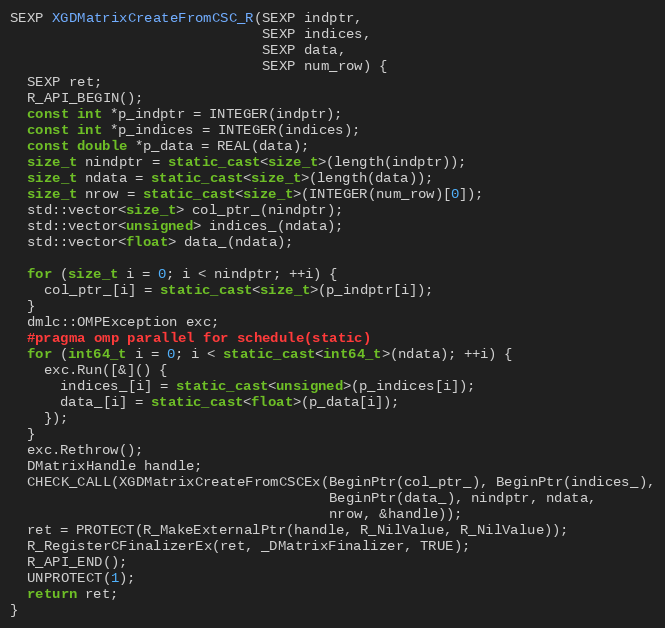
Language: C++
SEXP XGDMatrixCreateFromCSC_R(SEXP indptr,
                              SEXP indices,
                              SEXP data,
                              SEXP num_row) {
  SEXP ret;
  R_API_BEGIN();
  const int *p_indptr = INTEGER(indptr);
  const int *p_indices = INTEGER(indices);
  const double *p_data = REAL(data);
  size_t nindptr = static_cast<size_t>(length(indptr));
  size_t ndata = static_cast<size_t>(length(data));
  size_t nrow = static_cast<size_t>(INTEGER(num_row)[0]);
  std::vector<size_t> col_ptr_(nindptr);
  std::vector<unsigned> indices_(ndata);
  std::vector<float> data_(ndata);

  for (size_t i = 0; i < nindptr; ++i) {
    col_ptr_[i] = static_cast<size_t>(p_indptr[i]);
  }
  dmlc::OMPException exc;
  #pragma omp parallel for schedule(static)
  for (int64_t i = 0; i < static_cast<int64_t>(ndata); ++i) {
    exc.Run([&]() {
      indices_[i] = static_cast<unsigned>(p_indices[i]);
      data_[i] = static_cast<float>(p_data[i]);
    });
  }
  exc.Rethrow();
  DMatrixHandle handle;
  CHECK_CALL(XGDMatrixCreateFromCSCEx(BeginPtr(col_ptr_), BeginPtr(indices_),
                                      BeginPtr(data_), nindptr, ndata,
                                      nrow, &handle));
  ret = PROTECT(R_MakeExternalPtr(handle, R_NilValue, R_NilValue));
  R_RegisterCFinalizerEx(ret, _DMatrixFinalizer, TRUE);
  R_API_END();
  UNPROTECT(1);
  return ret;
}